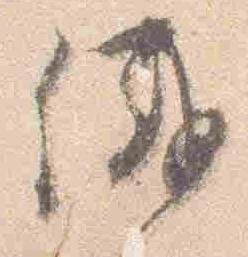
儀